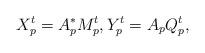
LaTeX: \begin{align*}X_p^t = A_p^* M_p^t,Y_p^t = A_p Q_p^t, \end{align*}